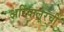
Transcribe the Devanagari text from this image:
अरियालूरची